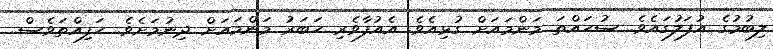
ލިބުމުގެ އުފަލުގައެވެ. ސުހައްތަ މަންމައަށް ގުޅިއެވެ. އެއުފާވެރި ހަބަރު މަންމައަށް ދިނުމަށެވެ. ހަފިއްތަވެސް